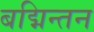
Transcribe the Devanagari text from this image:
बद्मिन्तन